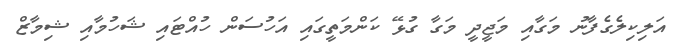
އަލިކިލެގެފާނު މަގާއި މަޖީދީ މަގާ ގުޅޭ ކަންމަތީގައި އަހުސަން ހުއްޓައި ޝަހުމާއި ޝިމާޒް